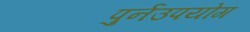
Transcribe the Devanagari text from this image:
पुर्नउपयोग